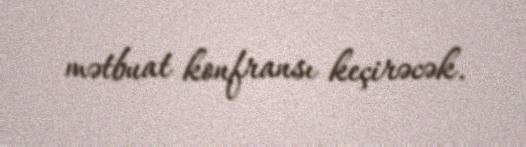
mətbuat konfransı keçirəcək.